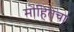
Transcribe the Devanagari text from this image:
मोहितेचा